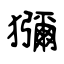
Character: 獼